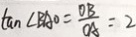
\tan \angle B A O = \frac { O B } { O A } = 2